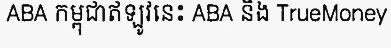
ABA កម្ពុជាឥឡូវនេះ ABA និង TrueMoney